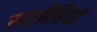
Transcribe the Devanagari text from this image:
सलीबियों